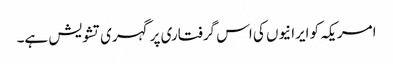
امریکہ کو ایرانیوں کی اس گرفتاری پر گہری تشویش ہے۔